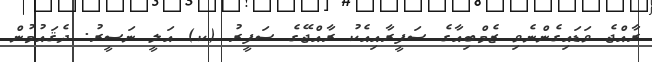
ރާއްޖެ ވަޑައިގެންނެވި ޒެމްބިއާގެ ސަފީރާއިއެކު ރާއްޖޭގެ ސަފީރު (ކ) އަލީ ނަސީރު. ދެޤައުމުން